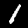
Label: 1